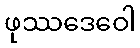
ဖုဿဒေဝေါ